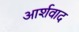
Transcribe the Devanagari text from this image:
आर्शवाद